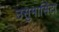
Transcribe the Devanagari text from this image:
उसुमासिंटा